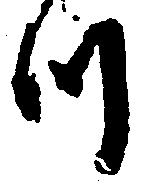
つ